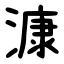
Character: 漮